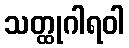
သတ္ထုဂါရဝါ